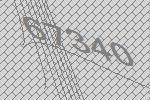
67340